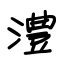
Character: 澧